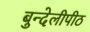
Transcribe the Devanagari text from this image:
बुन्देलीपीठ